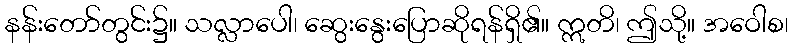
နန်းတော်တွင်း၌။ သလ္လာပေါ၊ ဆွေးနွေးပြောဆိုရန်ရှိ၏။ ဣတိ၊ ဤသို့။ အဝေါစ၊